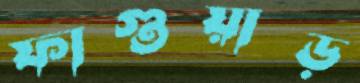
ফাগুয়াড়